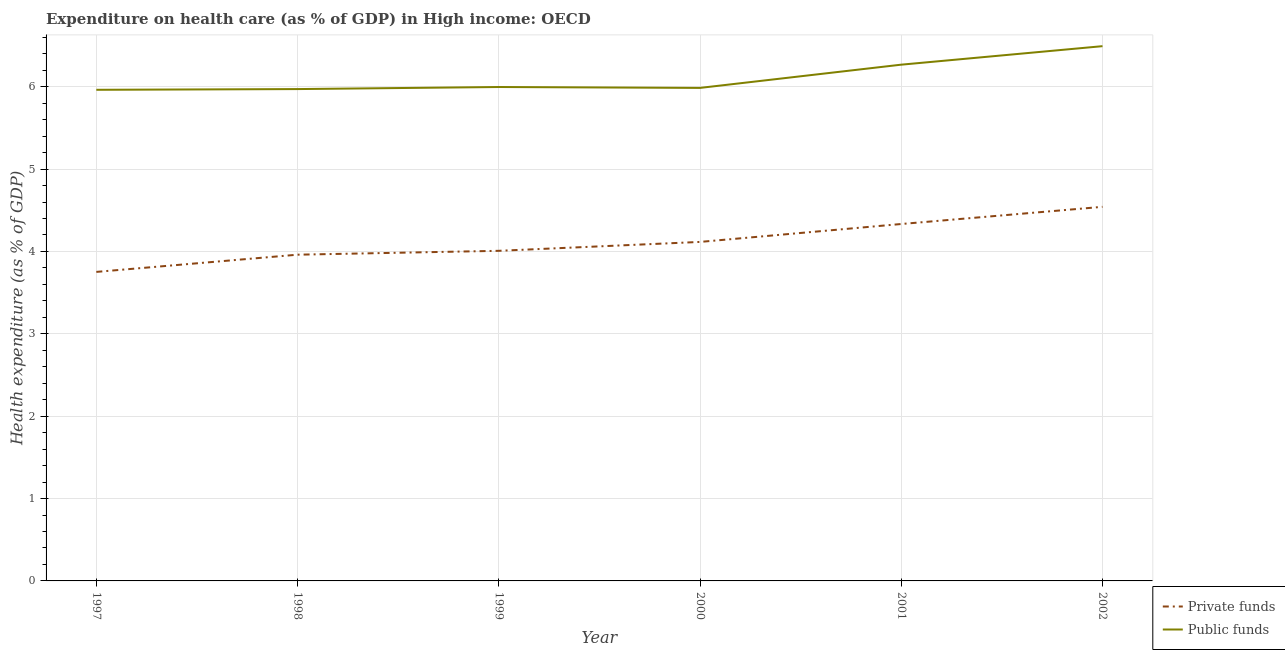
| Year | Private funds | Public funds |
 | --- | --- | --- |
 | 1997 | 3.75 | 5.96 |
 | 1998 | 3.96 | 5.97 |
 | 1999 | 4.01 | 6 |
 | 2000 | 4.12 | 5.99 |
 | 2001 | 4.33 | 6.27 |
 | 2002 | 4.54 | 6.49 |